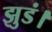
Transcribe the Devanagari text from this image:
झुडं।